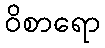
ဝိစာရော